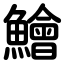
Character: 鱠